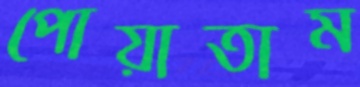
পোয়াতাম